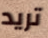
تريد